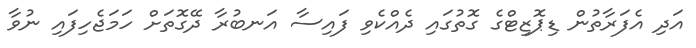
އަދި އެފަރާތުން ޑިޕޮޒިޓްގެ ގޮތުގައި ދެއްކެވި ފައިސާ އަނބުރާ ދޭގޮތަށް ހަމަޖެހިފައި ނުވާ